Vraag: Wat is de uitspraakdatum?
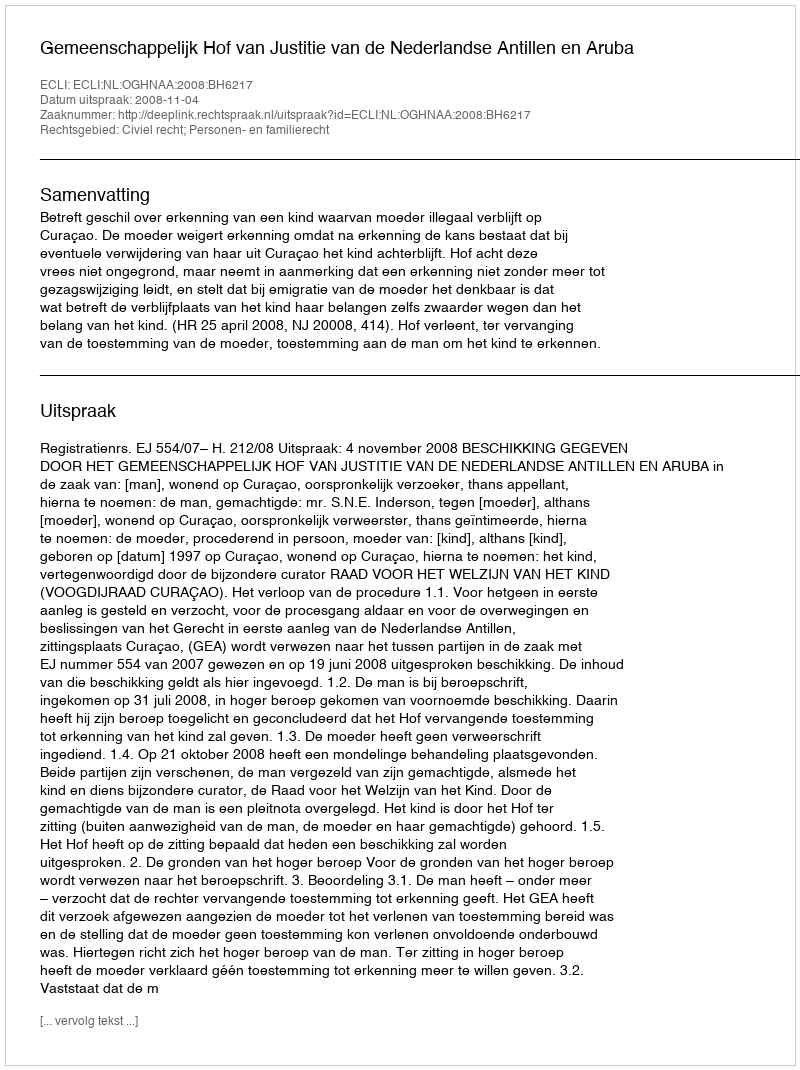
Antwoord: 2008-11-04